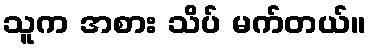
သူက အစား သိပ် မက်တယ်။